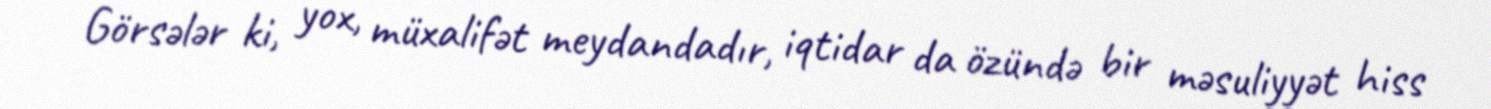
Görsələr ki, yox, müxalifət meydandadır, iqtidar da özündə bir məsuliyyət hiss